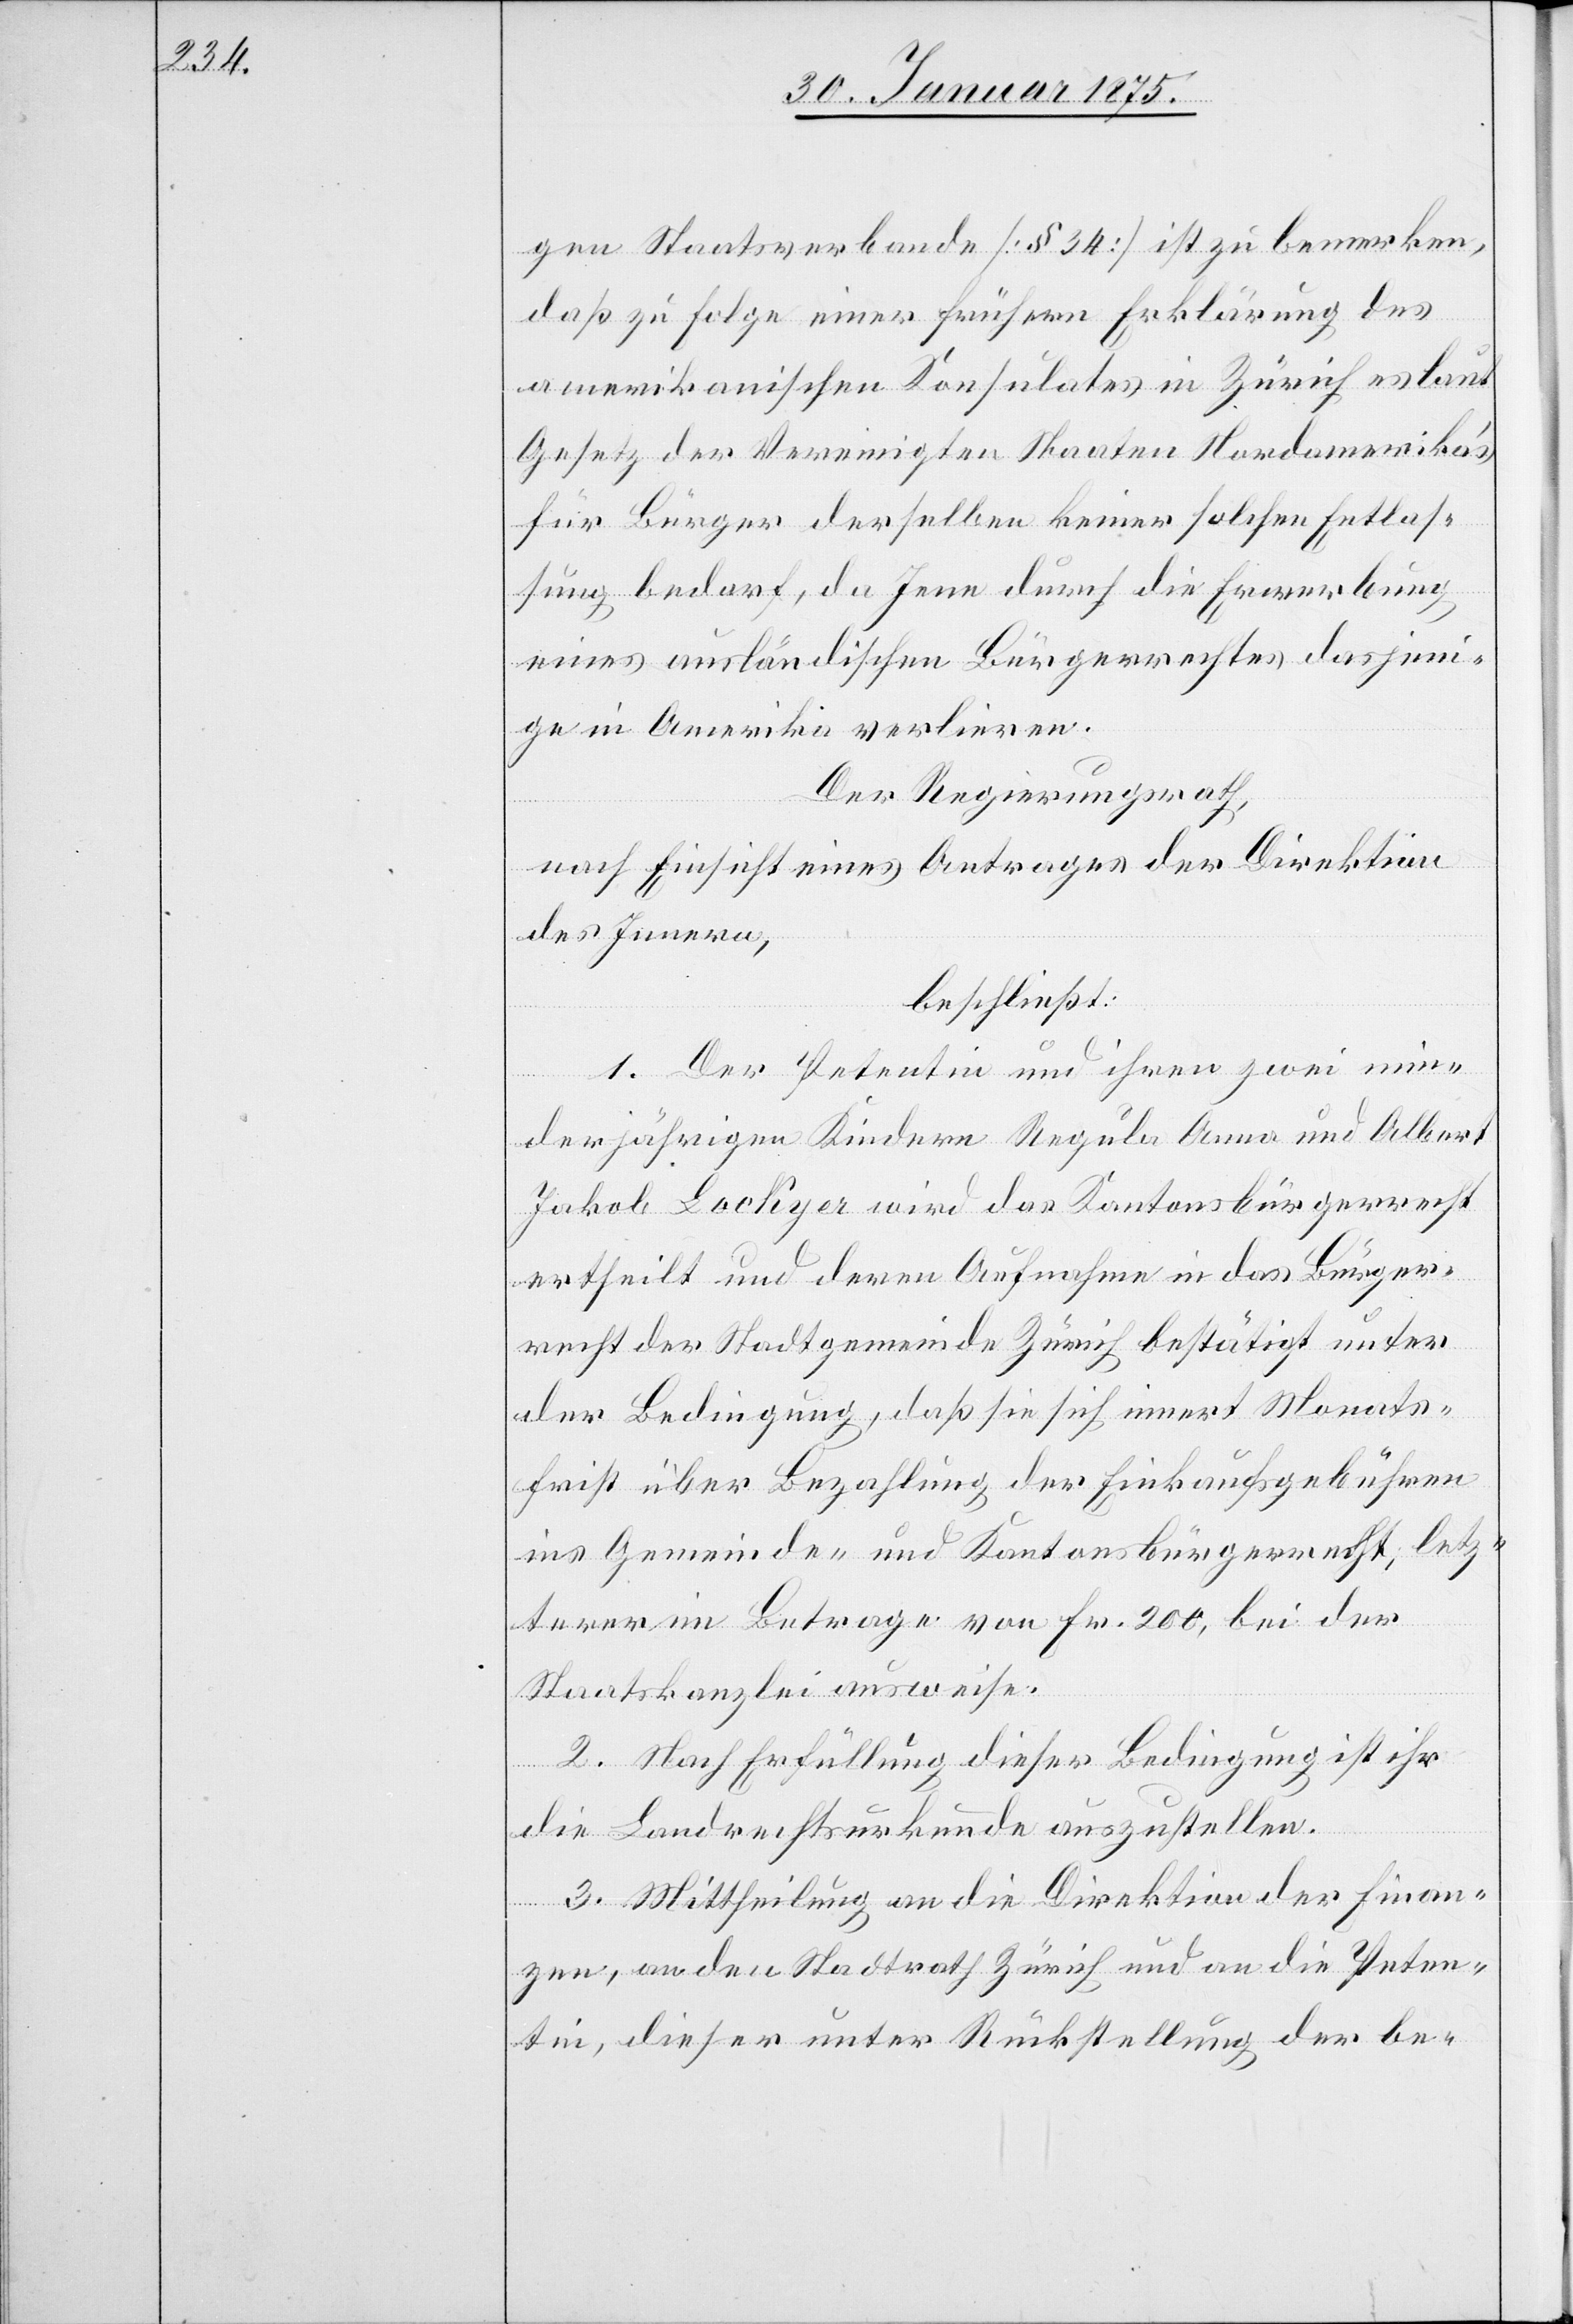
gen Staatsverbande (§ 34) ist zu bemerken,
daß zu Folge einer frühern Erklärung des
amerikanischen Konsulates in Zürich es laut
Gesetz der Vereinigten Staaten Nordamerika’s
für Bürger derselben keiner solchen Entlas¬
sung bedarf, da Jene durch die Erwerbung
des ausländischen Bürgerrechtes dasjeni¬
ge in Amerika verlieren.
Der Regierungsrath,
nach Einsicht eines Antrages der Direktion
des Innern,
beschließt:
1. Der Petentin und ihren zwei min¬
derjährigen Kindern Regula Anna und Albert
Jakob Lockyer wird das Kantonsbürgerrecht
ertheilt und deren Aufnahme in das Bürger¬
recht der Stadtgemeinde Zürich bestätigt unter
der Bedingung, daß sie sich innert Monats¬
frist über Bezahlung der Einkaufsgebühren
ins Gemeinde- und Kantonsbürgerrecht, letz¬
terer im Betrage von Fr. 200, bei der
Staatskanzlei ausweise.
2. Nach Erfüllung dieser Bedingung ist ihr
die Landrechtsurkunde auszustellen.
3. Mittheilung an die Direktion der Finan¬
zen, an den Stadtrath Zürich und an die Peten¬
tin, dieser unter Rückstellung der be-